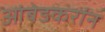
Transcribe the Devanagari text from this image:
आंबेडकरांन